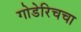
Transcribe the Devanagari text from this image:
गोडेरिचचा